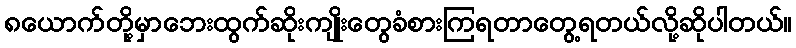
၈ယောက်တို့မှာဘေးထွက်ဆိုးကျိုးတွေခံစားကြရတာတွေ့ရတယ်လို့ဆိုပါတယ်။